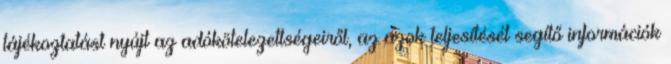
tájékoztatást nyújt az adókötelezettségeiről, az azok teljesítését segítő információk